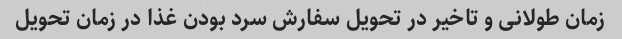
زمان طولانی و تاخیر در تحویل سفارش سرد بودن غذا در زمان تحویل